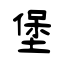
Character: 堡